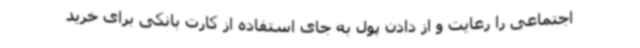
اجتماعی را رعایت و از دادن پول به جای استفاده از کارت بانکی برای خرید